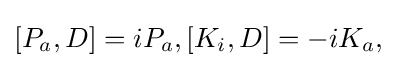
[P_{a},D]=iP_{a},[K_{i},D]=-iK_{a},\,\!